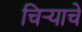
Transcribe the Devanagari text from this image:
चिऱ्याचे